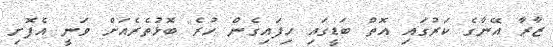
ޒާރާ އޭނާގެ ކަރުގައި އޮތް ބަޑީގައި ހިފައިގެން ހުރެ ބޮޅުތެރެއަށް ވަނީ އެފޮށި